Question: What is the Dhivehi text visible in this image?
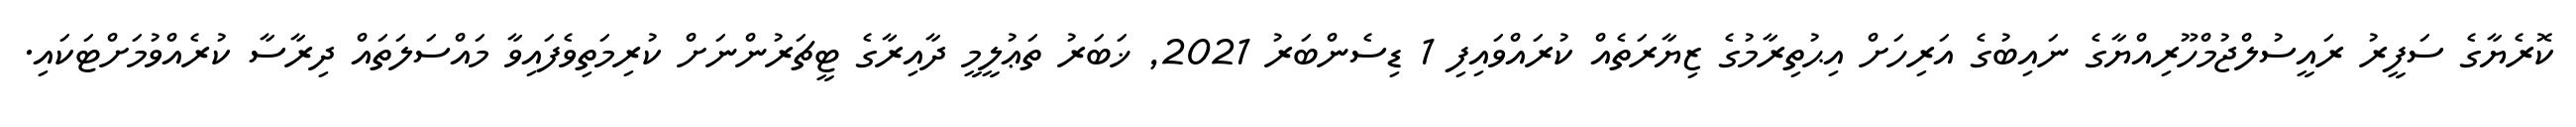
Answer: ކޮރެޔާގެ ސަފީރު ރައީސުލްޖުމްހޫރިއްޔާގެ ނައިބުގެ އަރިހަށް އިޙުތިރާމުގެ ޒިޔާރަތެއް ކުރައްވައިފި 1 ޑިސެންބަރު 2021, ޚަބަރު ތަޢުލީމީ ދާއިރާގެ ޓީޗަރުންނަށް ކުރިމަތިވެފައިވާ މައްސަލަތައް ދިރާސާ ކުރެއްވުމަށްޓަކައި.